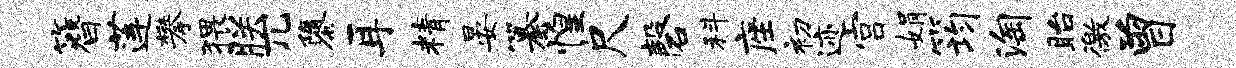
簪莲攀猥朕兀隳耳精晏纂惶尺磬科座初迹宫娟筠淘眙徼曾